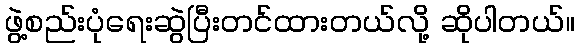
ဖွဲ့စည်းပုံရေးဆွဲပြီးတင်ထားတယ်လို့ ဆိုပါတယ်။